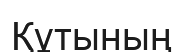
Құтының